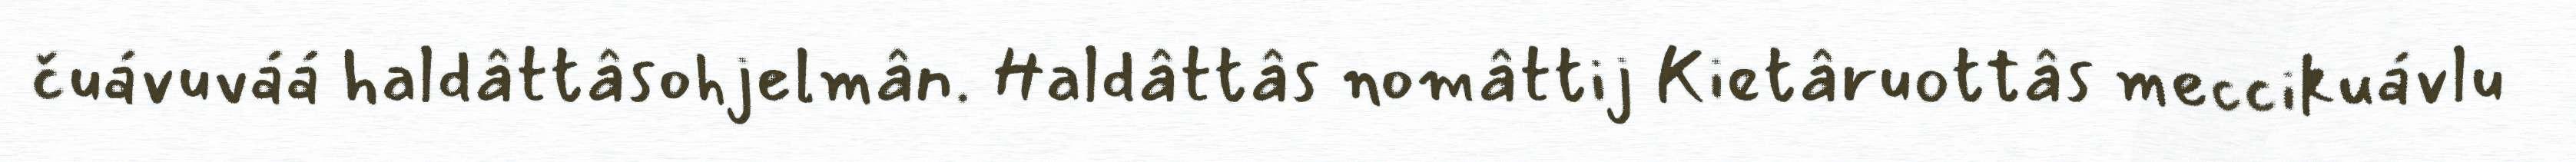
čuávuváá haldâttâsohjelmân. Haldâttâs nomâttij Kietâruottâs meccikuávlu